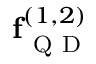
\mathbf { f } _ { \mathrm { ~ Q ~ D ~ } } ^ { ( 1 , 2 ) }